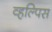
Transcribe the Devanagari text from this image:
व्हल्पिस